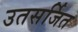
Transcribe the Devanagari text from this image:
उतसर्जित